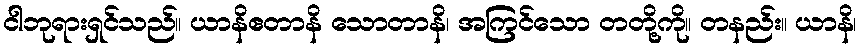
ငါဘုရားရှင်သည်။ ယာနိဧတာနိ သောတာနိ၊ အကြင်သော တတို့ကို။ တနည်း။ ယာနိ၊